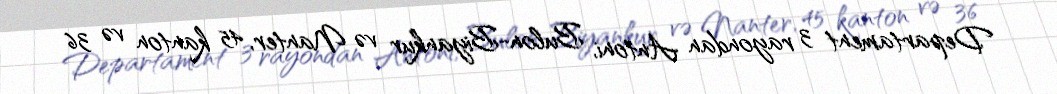
Departament 3 rayondan Antoni, Bulon-Biyankur və Nanter, 45 kanton və 36